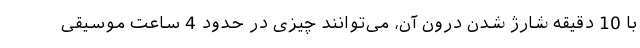
با 10 دقیقه شارژ شدن درون آن، می‌توانند چیزی در حدود 4 ساعت موسیقی